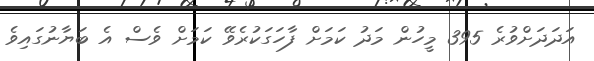
އަދަދަށްވުރެ 395 މީހުން މަދު ކަމަށް ފާހަގަކުރެވޭ ކަމަށް ވެސް އެ ބަޔާނުގައިވެ